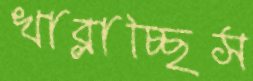
খাব্‌লাচ্ছিস